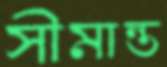
সীমান্ত